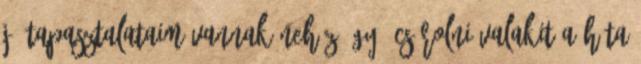
jó tapasztalataim vannak Nehéz úgy ócsárolni valakit a háta